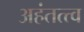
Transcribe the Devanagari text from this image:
अहंतत्त्व